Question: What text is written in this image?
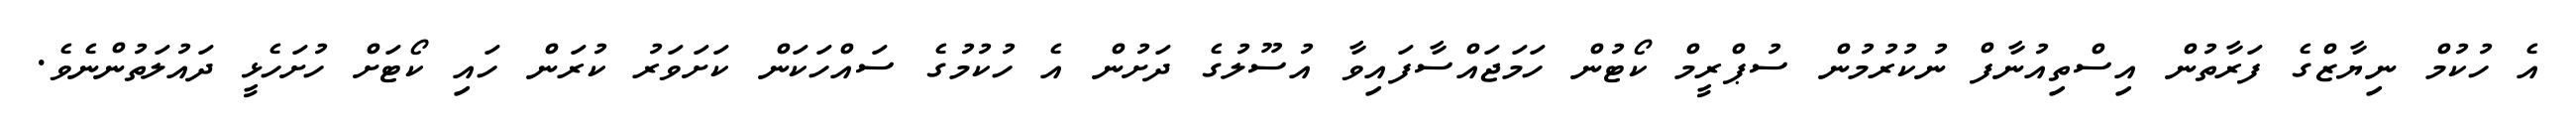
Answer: އެ ހުކުމް ނިޔާޒްގެ ފަރާތުން އިސްތިއުނާފް ނުކުރުމުން ސުޕްރީމް ކޯޓުން ހަމަޖައްސާފައިވާ އުސޫލުގެ ދަށުން އެ ހުކުމުގެ ސައްހަކަން ކަށަވަރު ކުރަން ހައި ކޯޓަށް ހުށަހެޅީ ދައުލަތުންނެވެ.